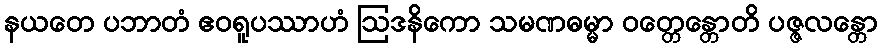
နယတေ ပဘာတံ ဧဝရူပဿာဟံ ဩဒနိကော သမဏဓမ္မာ ဝတ္တေန္တောတိ ပဇ္ဇလန္တော